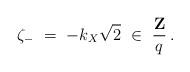
LaTeX: \begin{align*}\zeta_- \ =\ - k_X \sqrt{2} \ \in\ \frac{{\bf Z}}{q} \>.\end{align*}